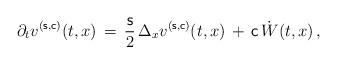
LaTeX: \begin{align*}\partial_t v^{(\mathsf{s},\mathsf{c})}(t,x) \, = \, \frac{\mathsf{s}}{2}\, \Delta_xv^{(\mathsf{s},\mathsf{c})}(t,x) \, + \, \mathsf{c} \, \dot{W}(t,x)\,,\end{align*}